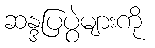
ဆန္ဒပြပွဲများကို